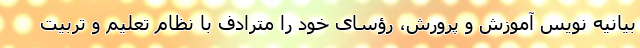
بیانیه نویس آموزش و پرورش، رؤسای خود را مترادف با نظام تعلیم و تربیت